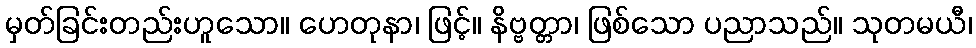
မှတ်ခြင်းတည်းဟူသော။ ဟေတုနာ၊ ဖြင့်။ နိဗ္ဗတ္တာ၊ ဖြစ်သော ပညာသည်။ သုတမယီ၊